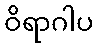
ဝိရာဂါပ